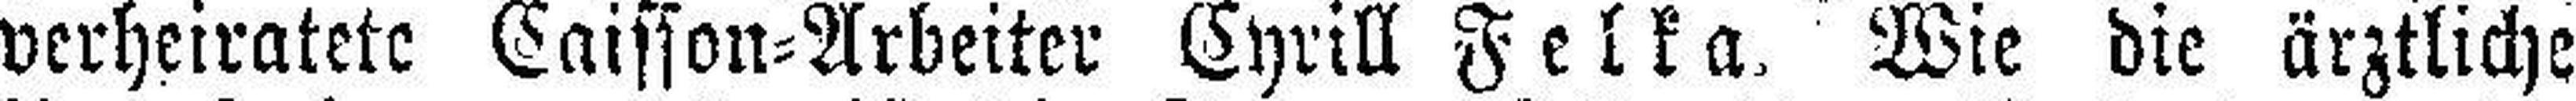
verheiratete Caisson=Arbeiter Cyrill Felka. Wie die ärztliche